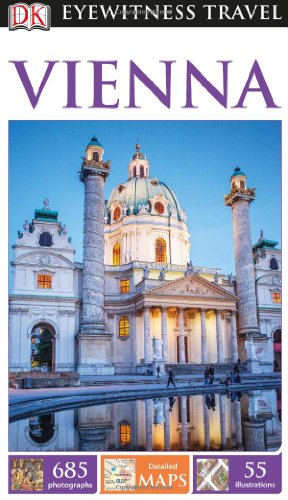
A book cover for DK Eyewitness Travel Guide: Vienna; DK Publishing; Travel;